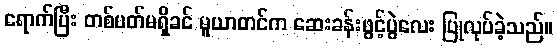
ရောက်ပြီး တစ်ပတ်မရှိခင် မူယာတင်က ဆေးခန်းဖွင့်ပွဲလေး ပြုလုပ်ခဲ့သည်။